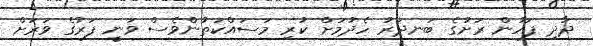
ދާދި ފަހުން ރަށުގެ ބަނދަރު ހެދުމަށް ކުރި މަސައްކަތުންވެސް ވަނީ ފަރުގެ ވަރަށް